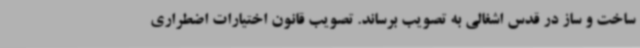
ساخت و ساز در قدس اشغالی به تصویب برساند. تصویب قانون اختیارات اضطراری